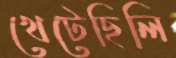
খেটেছিলি